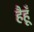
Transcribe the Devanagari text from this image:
हैहूँ